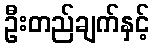
ဦးတည်ချက်နှင့်